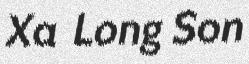
Xa Long Son